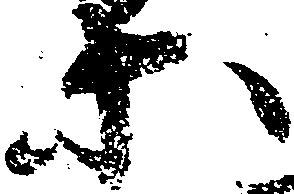
等